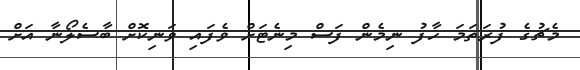
މެޗުގެ ފުރަތަމަ ހާފު ނިމެން ފަސް މިނެޓަށް ވެފައި ވަނިކޮށް ބާސެލޯނާ އަށް